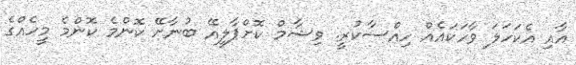
އާއި އެކަހަލަ ވާހަކައެއް ހިއްސާކުރީ. ވިޝާމް ކޮށްޕާލީއޭ ބުނާށޭ ކޮންމެ ކޮންމެ މީހެއްގެ